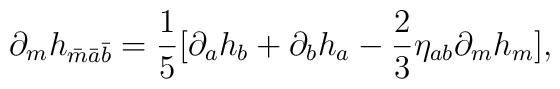
\partial_{m}h_{\bar m\bar a\bar b} =\frac{1}{5}[\partial_{a}h_{b} + \partial_{b}h_{a} -\frac{2}{3}\eta_{ab}\partial_{m}h_{m}],